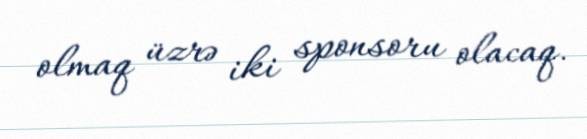
olmaq üzrə iki sponsoru olacaq.